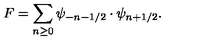
F = \sum _ { n \geq 0 } \psi _ { - n - 1 / 2 } \cdot \psi _ { n + 1 / 2 } .